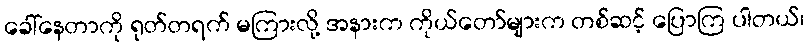
ခေါ်နေတာကို ရုတ်တရက် မကြားလို့ အနားက ကိုယ်တော်များက တစ်ဆင့် ပြောကြ ပါတယ်၊